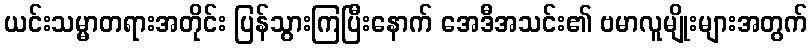
ယင်းသမ္မာတရားအတိုင်း ပြန်သွားကြပြီးနောက် အေဒီအသင်း၏ ဗမာလူမျိုးများအတွက်